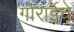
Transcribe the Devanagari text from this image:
गोराईचे